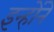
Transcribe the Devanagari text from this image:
इन्होेंने